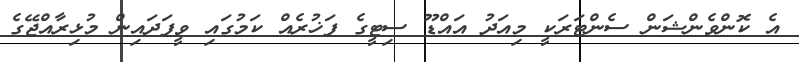
އެ ކޮންވެންޝަން ސެންޓަރަކީ މިއަދު އައްޑޫ ސިޓީގެ ފަޚުރެއް ކަމުގައި ވީފަދައިން މުޅިރާއްޖޭގެ